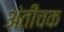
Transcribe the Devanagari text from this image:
अंतीचक